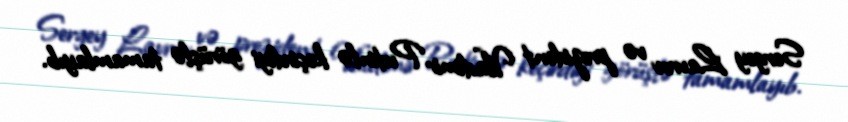
Sergey Lavrov və prezident Vladimir Putinlə keçirdiyi görüşlə tamamlayıb.